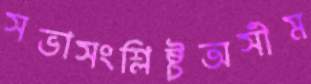
সভাসংশ্লিষ্টঅসীম